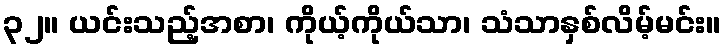
၃၂။ ယင်းသည့်အစာ၊ ကိုယ့်ကိုယ်သာ၊ သံသာနှစ်လိမ့်မင်း။